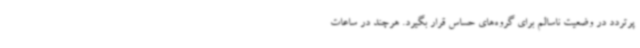
پرتردد در وضعیت ناسالم برای گروه‌های حساس قرار بگیرد. هرچند در ساعات